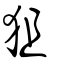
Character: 狙